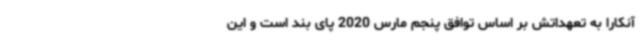
آنکارا به تعهداتش بر اساس توافق پنجم مارس 2020 پای بند است و این